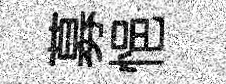
募悒